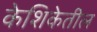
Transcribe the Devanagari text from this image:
केशिकेतील